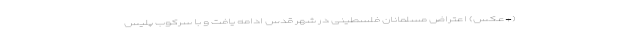
(+عکس) اعتراض مسلمانان فلسطینی در شهر قدس ادامه یافت و با سرکوب پلیس